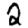
Digit: 2